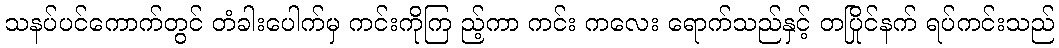
သနပ်ပင်ကောက်တွင် တံခါးပေါက်မှ ကင်းကိုကြ ည့်ကာ ကင်း ကလေး ရောက်သည်နှင့် တပြိုင်နက် ရပ်ကင်းသည်